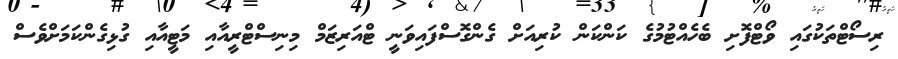
ރިސޯޓްތަކުގައި ވޯޓްފޮށި ބެހެެއްޓުމުގެ ކަންކަން ކުރިއަށް ގެންގޮސްފައިވަނީ ޓްއަރިޒަމް މިނިސްޓްރީއާއި މަޓީއާއި ގުޅިގެންކަމަށްވެސް